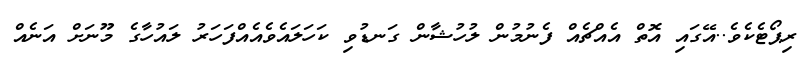
ރިޕޯޓެކެވެ..އޭގައި އޮތް އެއްޗެއް ފެނުމުން ލުހުޝާން ގަނޑުވި ކަހަލައެވެއެއްފަހަރު ލައުހާގެ މޫނަށް އަނެއް